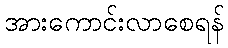
အားကောင်းလာစေရန်